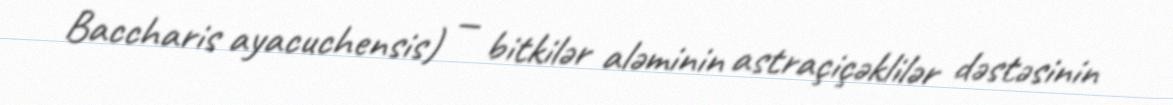
Baccharis ayacuchensis) — bitkilər aləminin astraçiçəklilər dəstəsinin